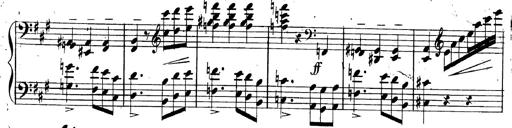
Title: 3 Caprices-Valses
Composer: Franz Liszt